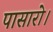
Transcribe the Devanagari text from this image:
पासारो।